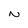
Character: N